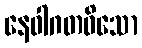
နေဝါဂတဝိသော